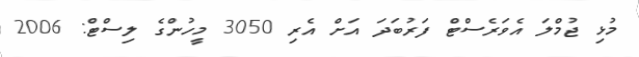
މުޅި ޖުމްލަ އެވަރެސްޓް ފަރުބަދަ އަށް އެރި 3050 މީހުންގެ ލިސްޓް: 2006